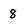
Character: 8